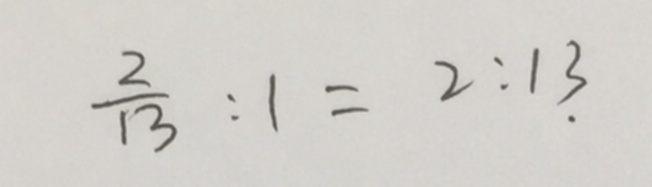
\frac { 2 } { 1 3 } : 1 = 2 : 1 3